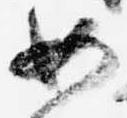
如